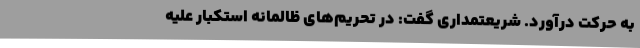
به حرکت درآورد. شریعتمداری گفت: در تحریم‌های ظالمانه استکبار علیه